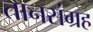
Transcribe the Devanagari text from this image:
तानसंग्रह